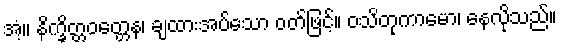
အံ့။ နိက္ခိတ္တဝတ္တေန၊ ချထားအပ်သော ဝတ်ဖြင့်။ ဝသိတုကာမော၊ နေလိုသည်။